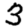
Digit: 3